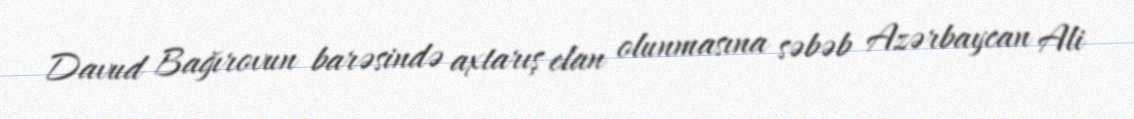
Davud Bağırovun barəsində axtarış elan olunmasına səbəb Azərbaycan Ali